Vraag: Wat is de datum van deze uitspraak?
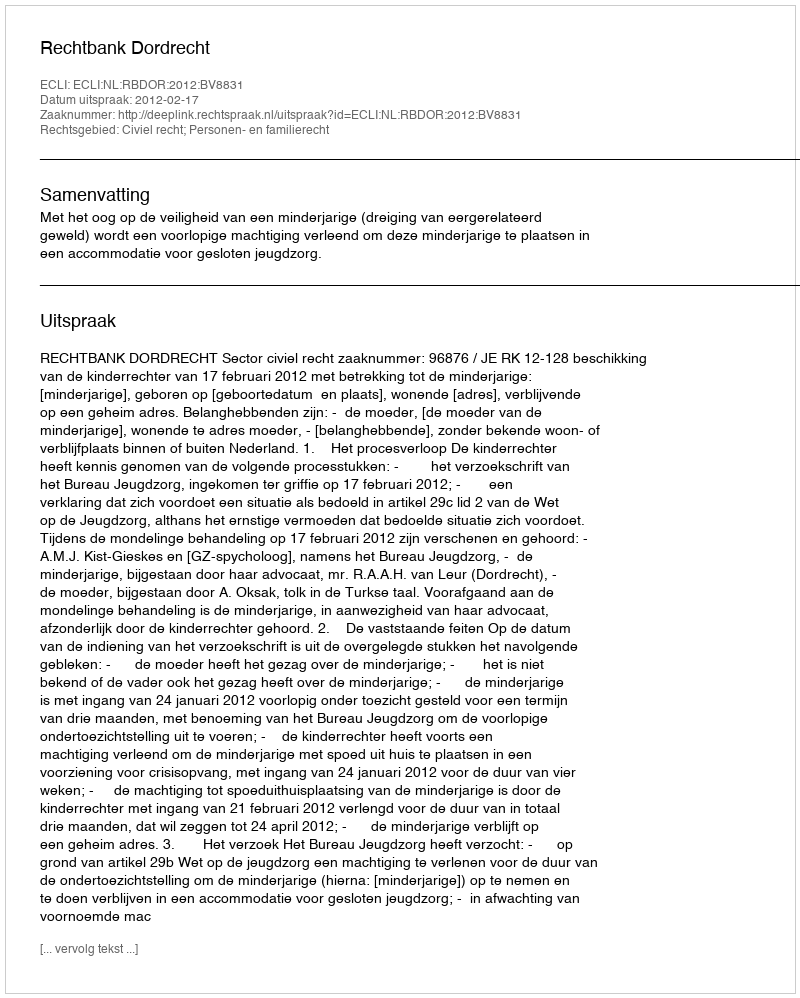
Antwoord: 2012-02-17